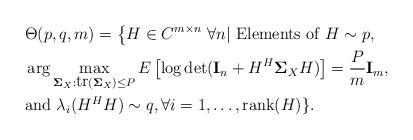
LaTeX: \begin{align*} &\Theta(p,q,m)=\left\{H\in C^{m\times n}\ \forall n|\mbox{ Elements of }H\sim p,\right.\\&\arg\max_{\mathbf{\Sigma}_{X}:\mbox{tr}(\mathbf{\Sigma}_{X})\leq P}E\left[\log \det(\textbf{I}_{n}+H^H\mathbf{\Sigma}_XH)\right]=\frac{P}{m}\textbf{I}_m , \\&\mbox{and }\lambda_i(H^HH)\sim q, \forall i=1,\ldots,\mbox{rank}(H)\}.\end{align*}